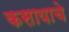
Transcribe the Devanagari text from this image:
कसायाचे